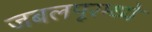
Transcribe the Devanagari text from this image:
जबलपूरम्ध्ये